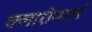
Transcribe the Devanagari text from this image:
क्लारोफार्म